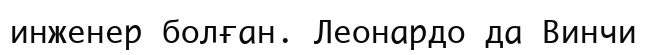
инженер болған. Леонардо да Винчи